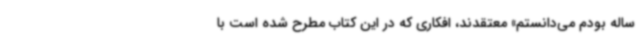
ساله بودم می‌دانستم» معتقدند، افکاری که در این کتاب مطرح شده است با